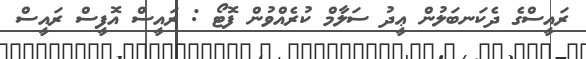
ރައީސްގެ ދެކަނބަލުން ޢީދު ސަލާމް ކުރެއްވުން ފޮޓޯ : ރައީސް އޮފީސް ރައީސް